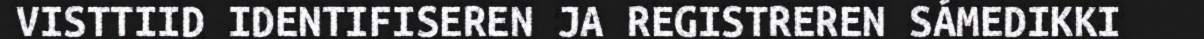
VISTTIID IDENTIFISEREN JA REGISTREREN SÁMEDIKKI